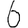
Digit: 6